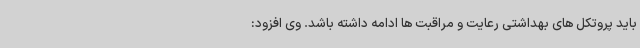
باید پروتکل های بهداشتی رعایت و مراقبت ها ادامه داشته باشد. وی افزود: